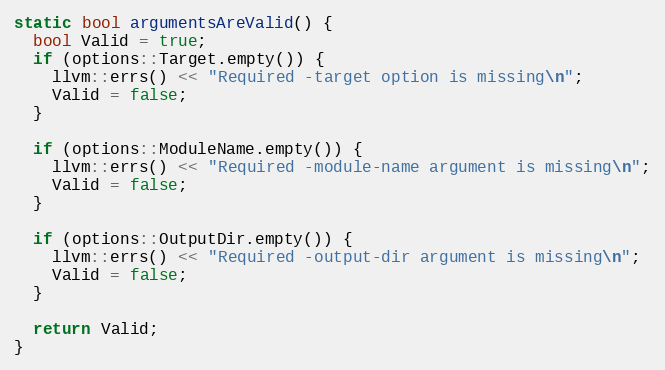
Language: C++
static bool argumentsAreValid() {
  bool Valid = true;
  if (options::Target.empty()) {
    llvm::errs() << "Required -target option is missing\n";
    Valid = false;
  }

  if (options::ModuleName.empty()) {
    llvm::errs() << "Required -module-name argument is missing\n";
    Valid = false;
  }

  if (options::OutputDir.empty()) {
    llvm::errs() << "Required -output-dir argument is missing\n";
    Valid = false;
  }

  return Valid;
}